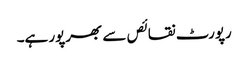
رپورٹ نقائص سے بھرپور ہے۔